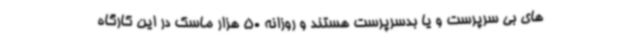
های بی سرپرست و یا بدسرپرست هستند و روزانه 50 هزار ماسک در این کارگاه